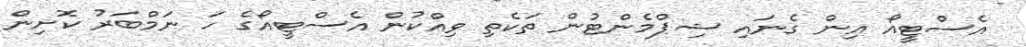
އެސްޓީއޯ އިން ގެނައި ޝިޕްމެންޓުން ތަކެތި ވިއްކުން އެސްޓީއޯގެ ހަ ނަމްބަރު ކޮށިން